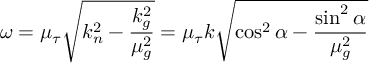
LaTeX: \omega = \mu _ { \tau } { \sqrt { k _ { n } ^ { 2 } - { \frac { k _ { g } ^ { 2 } } { \mu _ { g } ^ { 2 } } } } } = \mu _ { \tau } k { \sqrt { \cos ^ { 2 } \alpha - { \frac { \sin ^ { 2 } \alpha } { \mu _ { g } ^ { 2 } } } } }